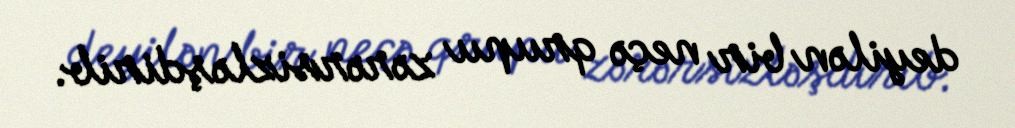
deyilən bir neçə qrupu zərərsizləşdirib.